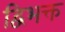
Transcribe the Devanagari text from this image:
द्विभक्त